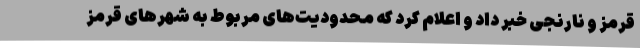
قرمز و نارنجی خبر داد و اعلام کرد که محدودیت‌های مربوط به شهرهای قرمز